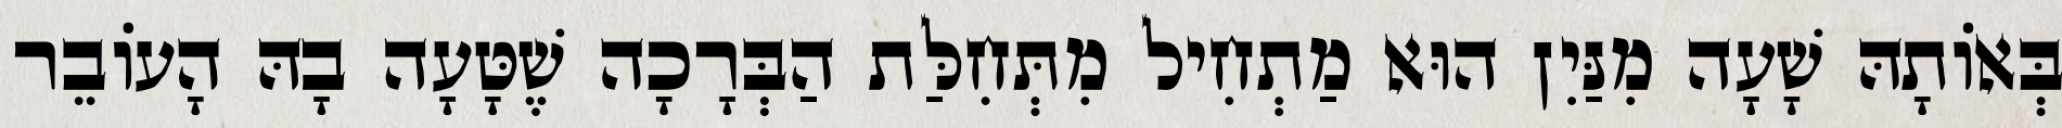
בְּאוֹתָהּ שָׁעָה מִנַּיִן הוּא מַתְחִיל מִתְּחִלַּת הַבְּרָכָה שֶׁטָּעָה בָהּ הָעוֹבֵר